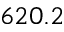
6 2 0 . 2